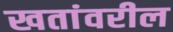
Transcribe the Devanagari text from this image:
खतांवरील